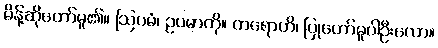
မိန့်ဆိုတော်မူ၏။ ဩပမံ၊ ဥပမာကို။ ကရောဟိ၊ ပြုတော်မူပါဦးလော။